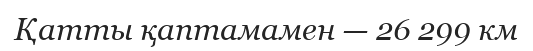
Қатты қаптамамен — 26 299 км